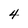
Character: 4